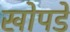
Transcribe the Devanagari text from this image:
खोपडे